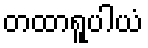
တထာရူပါယံ